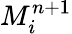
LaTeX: M_{i}^{n+1}